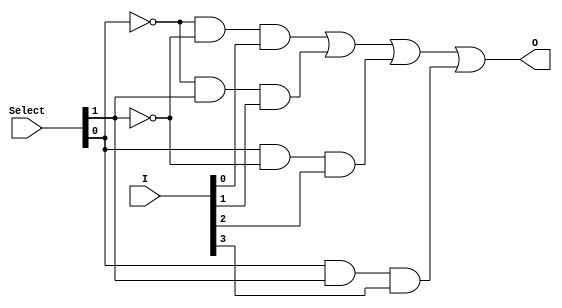
module multipelexer4_1 (input [3:0] I , 
									input [1:0] Select, 
														output O );

assign O  = ((~Select [0]) & (~Select [1]) & I[0]) |  
				 ((~Select [0]) & (Select [1]) & I[1]) |
				 ((Select [0]) & (~Select [1]) & I[2]) |
				  ((Select [0]) & (Select [1]) & I[3])	 ;
endmodule